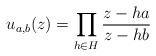
LaTeX: \begin{align*} u_{a,b}(z)=\prod_{h\in H}\frac{z-ha}{z-hb}\end{align*}